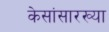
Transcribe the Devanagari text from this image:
केसांसारख्या